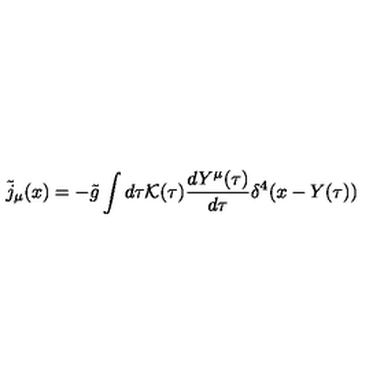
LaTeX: { \tilde { j } } _ { \mu } ( x ) = - { \tilde { g } } \int d \tau { \cal K } ( \tau ) \frac { d Y ^ { \mu } ( \tau ) } { d \tau } \delta ^ { 4 } ( x - Y ( \tau ) )